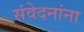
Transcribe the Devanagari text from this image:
संवेदनांना